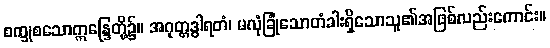
စက္ခုစသောဣန္ဒြေတို့၌။ အဂုတ္တဒွါရတံ၊ မလုံခြုံသောတံခါးရှိသောသူ၏အဖြစ်လည်းကောင်း။